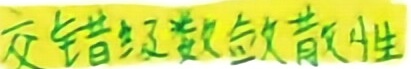
交错级数敛散性